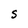
Character: S